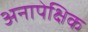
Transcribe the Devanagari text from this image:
अनापेक्षिक